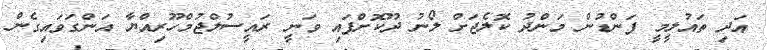
އަދި ތައުލީމީ ފަންޑުން މަންދު ކޮލެޖަށް ލޯނު ދޫކޮށްފައި ވަނީ ރައީސުލްޖުމްހޫރިއްޔާ އަންގަވައިގެން